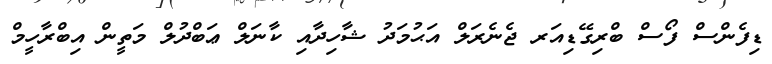
ޑިފެންސް ފޯސް ބްރިގޭޑިއަރ ޖެނެރަލް އަޙުމަދު ޝާހިދާއި ކާނަލް ޢަބްދުލް މަތީން އިބްރާހީމް